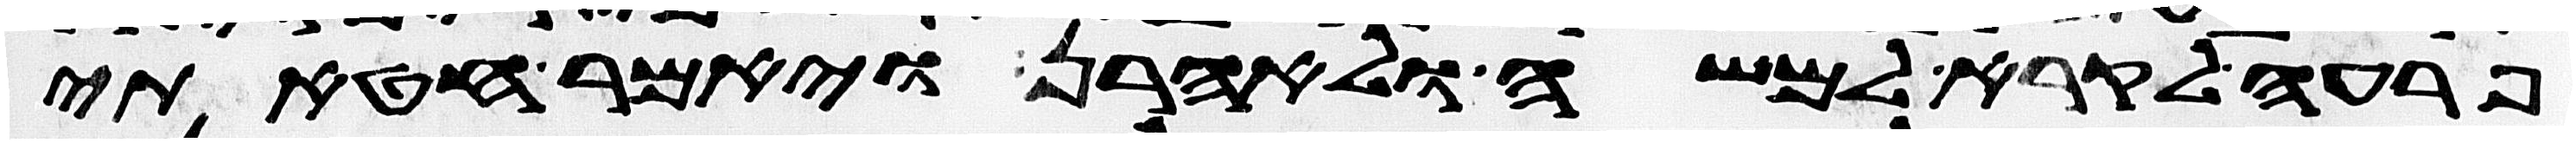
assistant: פרעה לקרא למשה ולאהרן ויאמר חטאתי